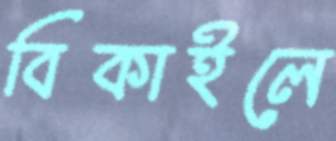
বিকাইলে